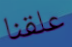
علقنا